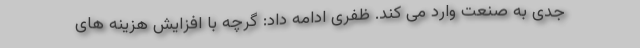
جدی به صنعت وارد می کند. ظفری ادامه داد: گرچه با افزایش هزینه های